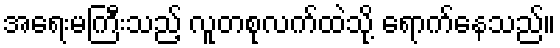
အရေးမကြီးသည့် လူတစုလက်ထဲသို့ ရောက်နေသည်။